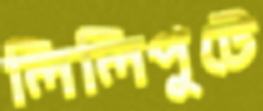
লিলিপুটে